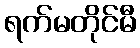
ရက်မတိုင်မီ